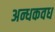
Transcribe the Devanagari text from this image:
अन्धकवध